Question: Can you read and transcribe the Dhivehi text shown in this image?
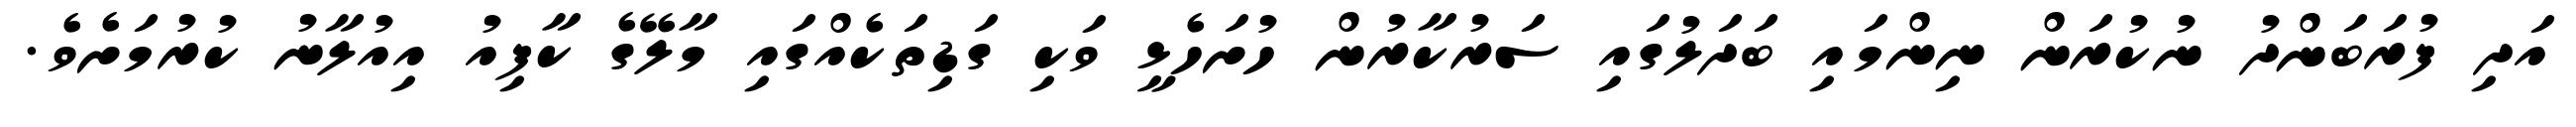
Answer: އަދި ފުރަބަންދު ނުކުރަން ނިންމައި ބަދަލުގައި ސަރުކާރުން ހުށަހެޅީ ވަކި ގަޑިތަކެއްގައި މާލޭގެ ކާފިއު އިއުލާނު ކުރުމަށެވެ.